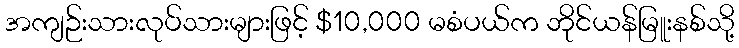
အကျဉ်းသားလုပ်သားများဖြင့် $10,000 မစံပယ်က ဘိုင်ယန်မြူးနစ်သို့